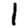
Digit: 1